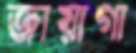
জায়াগা